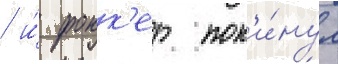
/ и́ фокк'ер пок'и́нул